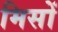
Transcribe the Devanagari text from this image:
मिसों